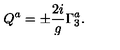
Q ^ { a } = \pm { \frac { 2 i } { g } } \Gamma _ { 3 } ^ { a } .